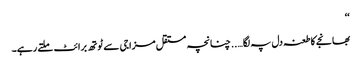
‘‘
بھانجے کا طعنہ دل پہ لگا….. چنانچہ مستقل مزاجی سے ٹوتھ برائٹ ملتے رہے۔